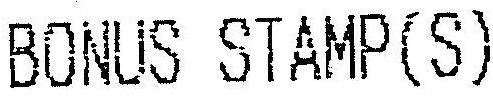
BONUS STAMP(S)